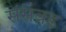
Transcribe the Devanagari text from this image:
संसक्र्ड